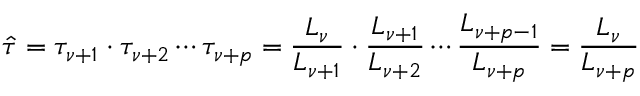
\hat { \tau } = \tau _ { \nu + 1 } \cdot \tau _ { \nu + 2 } \cdots \tau _ { \nu + p } = \frac { L _ { \nu } } { L _ { \nu + 1 } } \cdot \frac { L _ { \nu + 1 } } { L _ { \nu + 2 } } \cdots \frac { L _ { \nu + p - 1 } } { L _ { \nu + p } } = \frac { L _ { \nu } } { L _ { \nu + p } }